system: You are a helpful assistant.
user:
Analyze the provided spectrum to determine if it is a **M-type Giant (gM)**.

A M-type Giant spectrum is defined by its **strong molecular absorption** features, particularly from **Titanium Oxide (TiO)**. You must check for one of the following mutually exclusive signatures:

- **Key Visual Indicators (Absorption-Dominated Spectrum):**

    - **(Primary):** The spectrum is dominated by strong molecular absorption from **Titanium Oxide (TiO)**. This is the **defining feature** of its M-type temperature class.
        - **(Key Bandheads):** Look for sharp, "saw-tooth" absorption valleys. The strongest are located near **~7050 Å**, **~6160 Å**, and **~5170 Å**.
        - **(Line Profile):** The "saw-tooth" morphology is critical: a **sharp, steep drop on the BLUE (short-wavelength) side** of the bandhead, followed by a gradual recovery (rising flux) towards the RED (long-wavelength) side.

    - **(Key Confirmation - Giant vs. Dwarf):** **ABSENCE** of strong **Calcium Hydride (CaH)** molecular bands. This is the primary diagnostic for *excluding* M-dwarfs.
        - **(Key Region):** The spectrum should lack the strong, broad absorption band seen in dwarfs between **~6800 Å and ~7000 Å**.

    - **(Secondary Confirmation - Giant):** A very strong and broad **Neutral Calcium (Ca I)** atomic absorption line.
        - **(Key Line):** Located at **~4226 Å**. In a giant (gM), this line is significantly deeper and broader than the same line in an M-dwarf (dM) due to low surface gravity.

    - **(Overall Spectrum):**
        - The continuum is **extremely red-sloping** (i.e., flux is very low in the blue and rises dramatically towards the red).
        - The entire spectrum appears "chopped up" by the deep TiO bands.

Think first, call **spectral_visualization_tool** if needed to examine features in detail, then provide your final answer. Your response must adhere to the following strict rules:
1.  **Overall Structure:** Your response must follow the format `<think>...</think> <tool_call>...</tool_call> (if a tool is used) <answer>...</answer>`.
2.  **Tool Usage Constraint:** You may only make **one** tool call per turn.
3.  **Final Answer Format:** In the `<answer>` tag, your conclusion must be inside a `\boxed{}` command (e.g., `\boxed{YES}` or `\boxed{NO}`), followed by your justification.

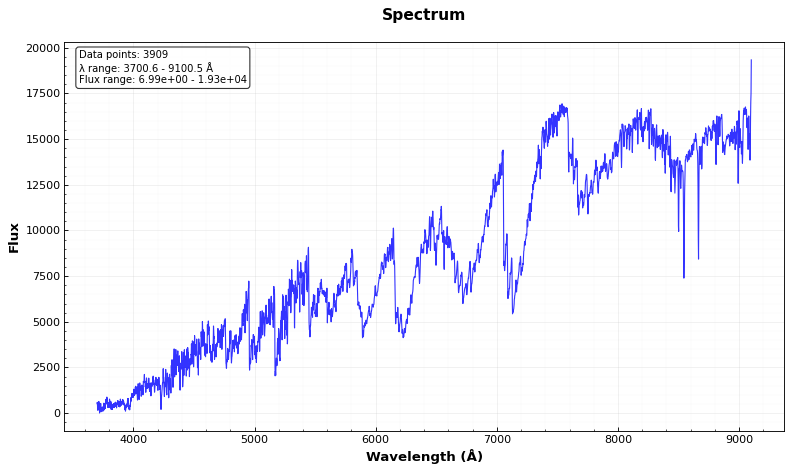
Answer: YES